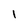
Character: 1